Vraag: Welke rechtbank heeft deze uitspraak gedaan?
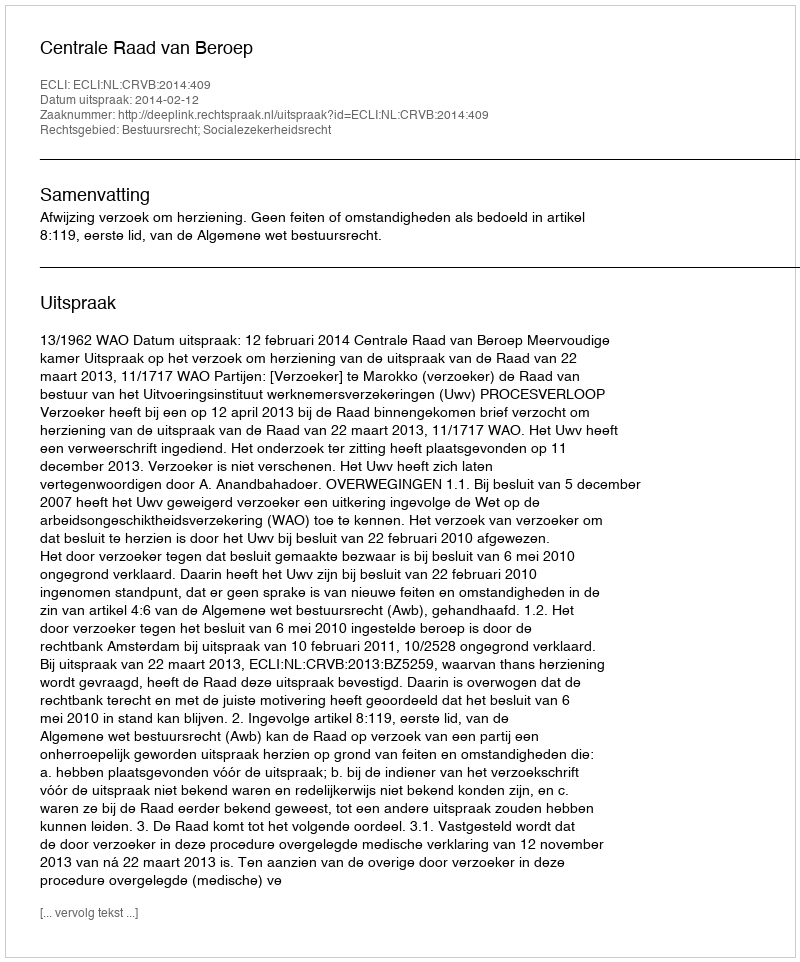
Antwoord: Centrale Raad van Beroep